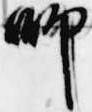
師